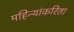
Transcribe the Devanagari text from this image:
महिन्यांकरिता